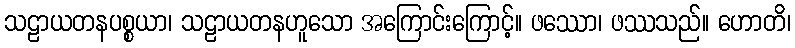
သဠာယတနပစ္စယာ၊ သဠာယတနဟူသော အကြောင်းကြောင့်။ ဖဿော၊ ဖဿသည်။ ဟောတိ၊